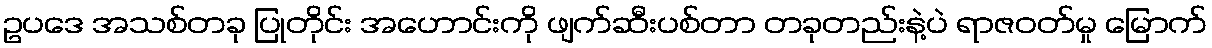
ဥပဒေ အသစ်တခု ပြုတိုင်း အဟောင်းကို ဖျက်ဆီးပစ်တာ တခုတည်းနဲ့ပဲ ရာဇဝတ်မှု မြောက်